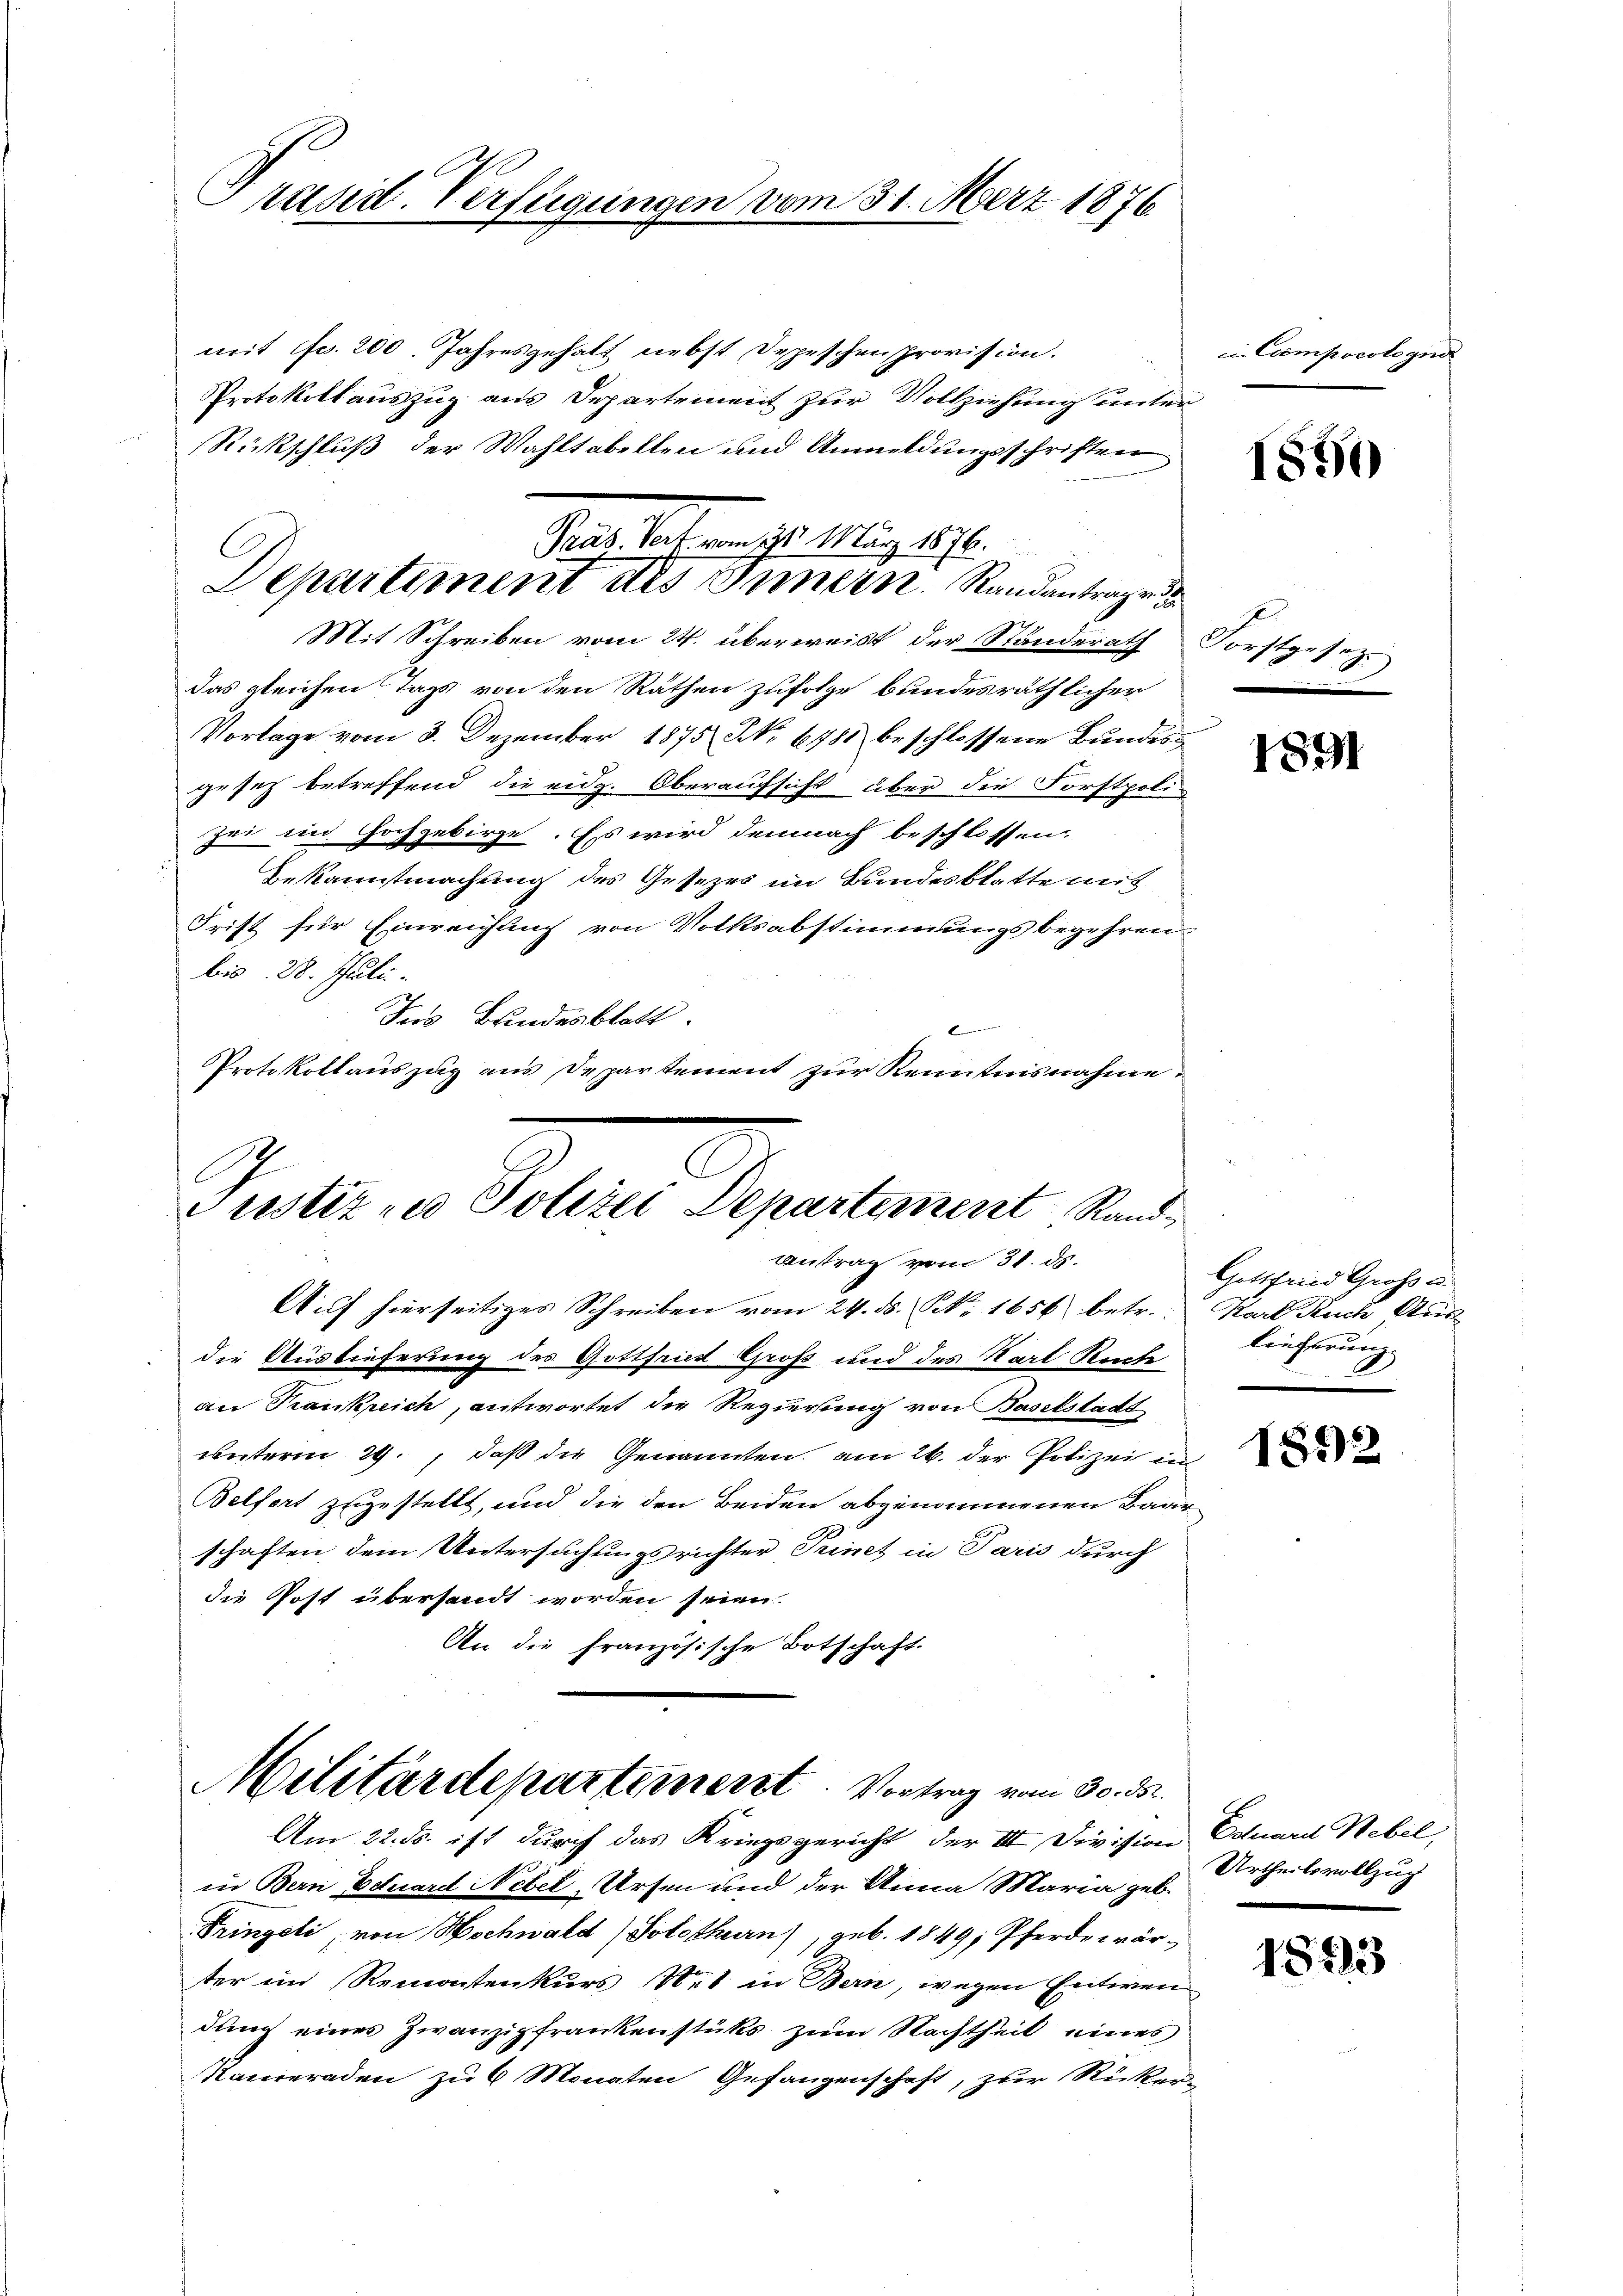
Präsid. Verfügungen vom 31. März 1876

deat eben 28. 215 1890.
Departiment des Innern. Randantrage d

mit Fr. 200. Jahresgehalt nebst Depeschenprovision.
Protokollauszug aus Departement zur Vollziehung unter
Rückschluß der Wahltabellen und Anmeldungsschriften
Mit Schreiben vom 24. überweist, der Ständerath Forstgesezdas gleichen Tags von den Räthen zufolge bundesräthlicher
Vorlage vom 3. Dezember 1875 No 6788 beschlossene Bundesgesetz betreffend die eidg. Oberaufsicht über die Forstpoli-
zei im Hochgebirge. Es wird demnach beschlossen,
Bekanntmachung des Gesezes im Bundesblatte mit
Frist für Einreichung von Volksabstimmungsbegehren
bis 28. Juli.
Jus Bundesblatt.
Protokollauszug aus Departement zur Kenntnisnahme

Justiz zu Polizei Departement Rand¬
Antrag vom 31. ds.

Militärdepartement. Vortrag vom 30. ds.
Am 22. ds. ist durch das Kriegsgericht der III Division Eduard Hebel,

in Compocotogna

Aŭf hierseitiges Schreiben vom 24. ds. NNo. 1656 betr. Karl Ruch Ausdie Auslieferung des Gottfried Groß und des Karl Reche
an Trankreich, antwortet die Regierung von Baselstadt
unterm 29., daß die Genannten am 26. der Polizei in
Belfort zugestellt, und die den Beiden abgenommenen Baar
schaften dem Untersuchungsrichter Trinet in Paris durch
die Post übersandt worden seien.
An die Französische Botschaft.

in Bern Eduard Nebel Arsen und der Anna Mariaiges Urtheilsvollzug
Pringeli, von Hochwald (Solothurn), geb. 1849; Pferderwärter im Remontenkurs et in Bern, wegen Entwen
dung eines Zwanzipfrankenstüks zum Nachtheil eines
Kameraden zu 6 Monaten Gefangenschaft, zur Rücker-

1850

F

1891

Gottfried Gross u.
lieferung

1852

1873